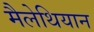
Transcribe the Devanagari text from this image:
मैलेथियान